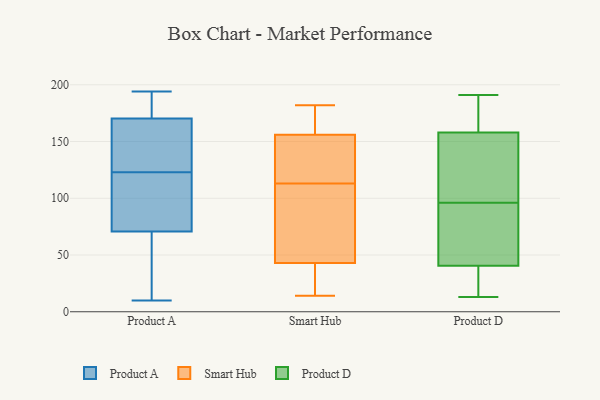
{"axis": {"x": "Customer Acquisition Cost (USD)", "y": "Value"}, "legend": ["Product A", "Product D", "Smart Hub"], "data": [{"x": "", "y": 153, "type": "Product A"}, {"x": "", "y": 134, "type": "Product A"}, {"x": "", "y": 82, "type": "Product A"}, {"x": "", "y": 40, "type": "Product A"}, {"x": "", "y": 68, "type": "Product A"}, {"x": "", "y": 176, "type": "Product A"}, {"x": "", "y": 12, "type": "Product A"}, {"x": "", "y": 168, "type": "Product A"}, {"x": "", "y": 171, "type": "Product A"}, {"x": "", "y": 194, "type": "Product A"}, {"x": "", "y": 104, "type": "Product A"}, {"x": "", "y": 123, "type": "Product A"}, {"x": "", "y": 173, "type": "Product A"}, {"x": "", "y": 24, "type": "Product A"}, {"x": "", "y": 88, "type": "Product A"}, {"x": "", "y": 79, "type": "Product A"}, {"x": "", "y": 132, "type": "Product A"}, {"x": "", "y": 10, "type": "Product A"}, {"x": "", "y": 187, "type": "Product A"}, {"x": "", "y": 176, "type": "Smart Hub"}, {"x": "", "y": 65, "type": "Smart Hub"}, {"x": "", "y": 14, "type": "Smart Hub"}, {"x": "", "y": 164, "type": "Smart Hub"}, {"x": "", "y": 44, "type": "Smart Hub"}, {"x": "", "y": 145, "type": "Smart Hub"}, {"x": "", "y": 178, "type": "Smart Hub"}, {"x": "", "y": 17, "type": "Smart Hub"}, {"x": "", "y": 160, "type": "Smart Hub"}, {"x": "", "y": 106, "type": "Smart Hub"}, {"x": "", "y": 182, "type": "Smart Hub"}, {"x": "", "y": 115, "type": "Smart Hub"}, {"x": "", "y": 30, "type": "Smart Hub"}, {"x": "", "y": 111, "type": "Smart Hub"}, {"x": "", "y": 42, "type": "Smart Hub"}, {"x": "", "y": 126, "type": "Smart Hub"}, {"x": "", "y": 22, "type": "Smart Hub"}, {"x": "", "y": 152, "type": "Smart Hub"}, {"x": "", "y": 146, "type": "Smart Hub"}, {"x": "", "y": 53, "type": "Smart Hub"}, {"x": "", "y": 162, "type": "Product D"}, {"x": "", "y": 96, "type": "Product D"}, {"x": "", "y": 191, "type": "Product D"}, {"x": "", "y": 111, "type": "Product D"}, {"x": "", "y": 142, "type": "Product D"}, {"x": "", "y": 75, "type": "Product D"}, {"x": "", "y": 19, "type": "Product D"}, {"x": "", "y": 190, "type": "Product D"}, {"x": "", "y": 46, "type": "Product D"}, {"x": "", "y": 158, "type": "Product D"}, {"x": "", "y": 44, "type": "Product D"}, {"x": "", "y": 30, "type": "Product D"}, {"x": "", "y": 93, "type": "Product D"}, {"x": "", "y": 131, "type": "Product D"}, {"x": "", "y": 158, "type": "Product D"}, {"x": "", "y": 15, "type": "Product D"}, {"x": "", "y": 13, "type": "Product D"}]}